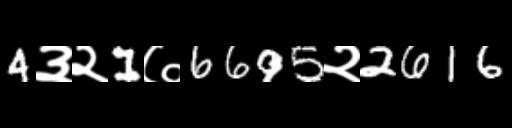
Text: 4३२1७6695२2616